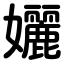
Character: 孋